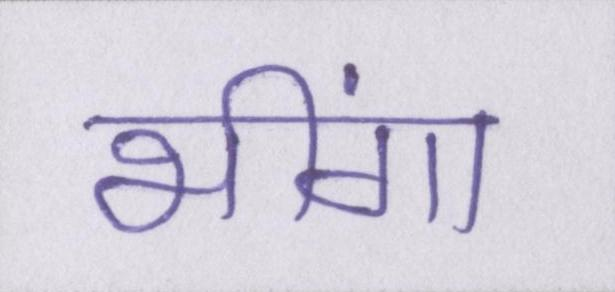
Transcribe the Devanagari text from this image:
भींगा